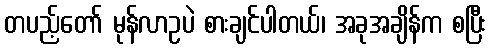
တပည့်တော် မုန်လာဥပဲ စားချင်ပါတယ်၊ အခုအချိန်က စပြီး